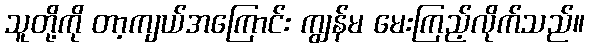
သူတို့ကို တာ့ကျယ်အကြောင်း ကျွန်မ မေးကြည့်လိုက်သည်။